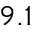
9 . 1